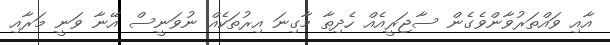
އާއި ވައްތަރުވާންވެގެން ސާޖަރީއެއް ހެދިތާ މާގިނަ އިރުތަކެއް ނުވަނީސް އޭނާ ވަނީ މަރާއި